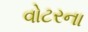
વોટરના